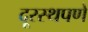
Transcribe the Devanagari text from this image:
दूरस्थपणे